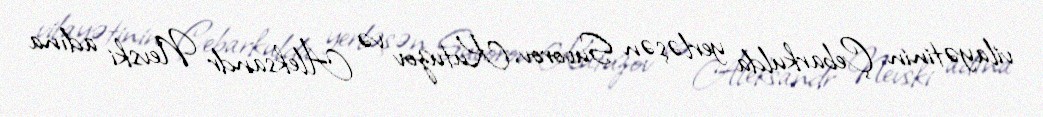
vilayətinin Çebarkulda yerləşən Suvorov, Kutuzov və Aleksandr Nevski adına